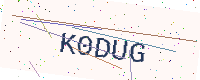
Text: K0DUG